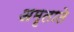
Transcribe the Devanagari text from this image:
अमृताते